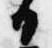
日